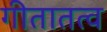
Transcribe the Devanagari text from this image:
गीतातत्व